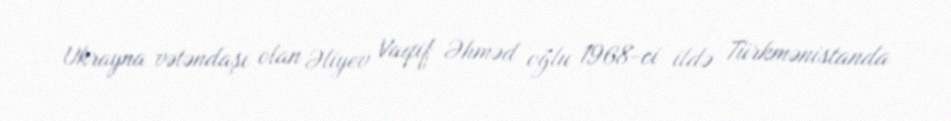
Ukrayna vətəndaşı olan Əliyev Vaqif Əhməd oğlu 1968-ci ildə Türkmənistanda